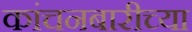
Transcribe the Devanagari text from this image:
कांचनबारीच्या